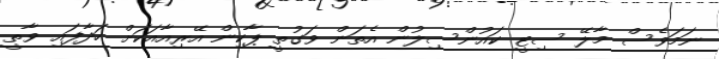
ނަމަވެސް މާލޭ ސިޓީ ކައުންސިލުން އެތަން ވަގުތީ ޕާކިން އޭރިއާއަކަށް ހަދާފައި ވާތީ